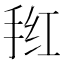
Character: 𭠲